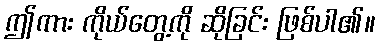
ဤကား ကိုယ်တွေ့ကို ဆိုခြင်း ဖြစ်ပါ၏။